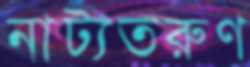
নাট্যতরুণ